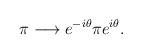
LaTeX: \begin{align*}\pi\longrightarrow e^{-i\theta}\pi e^{i\theta}.\end{align*}